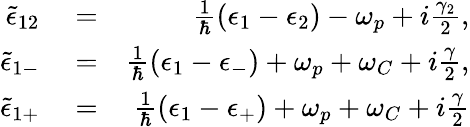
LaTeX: \begin{array}{rlr}{\tilde{\epsilon}_{12}}&{{}=}&{\frac{1}{\hbar}(\epsilon_{1}-\epsilon_{2})-\omega_{p}+i\frac{\gamma_{2}}{2},}\\ {\tilde{\epsilon}_{1-}}&{{}=}&{\frac{1}{\hbar}(\epsilon_{1}-\epsilon_{-})+\omega_{p}+\omega_{C}+i\frac{\gamma}{2},}\\ {\tilde{\epsilon}_{1+}}&{{}=}&{\frac{1}{\hbar}(\epsilon_{1}-\epsilon_{+})+\omega_{p}+\omega_{C}+i\frac{\gamma}{2}}\end{array}